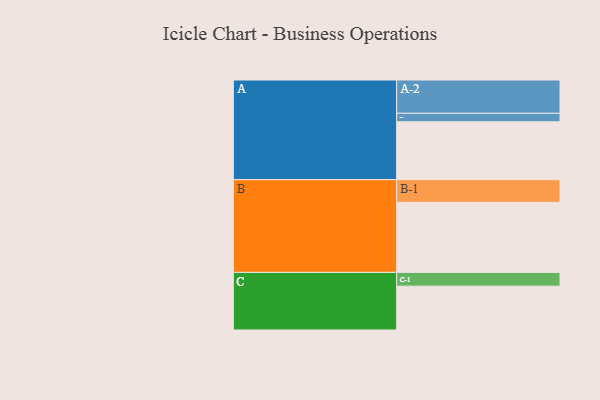
{"axis": {"x": "Segment", "y": "Value"}, "legend": ["", "A", "B", "C"], "data": [{"x": "A", "y": 483, "type": ""}, {"x": "B", "y": 585, "type": ""}, {"x": "C", "y": 366, "type": ""}, {"x": "A-1", "y": 71, "type": "A"}, {"x": "A-2", "y": 278, "type": "A"}, {"x": "B-1", "y": 189, "type": "B"}, {"x": "C-1", "y": 115, "type": "C"}]}